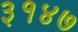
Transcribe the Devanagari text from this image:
३१४७